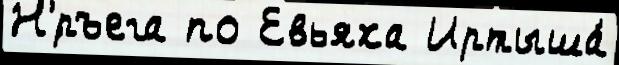
Н'́ръега по Евьяха Иртыша́